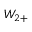
{ \cal { W } } _ { 2 + }